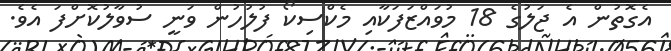
އެގޮތުން އެ ޖަލުގެ 18 މުވައްޒަފަކާއި މެކްސިކޯ ފުލުހުން ވަނީ ސުވާލުކޮށްފަ އެވެ.